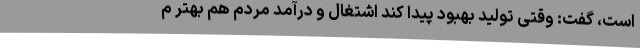
است، گفت: وقتی تولید بهبود پیدا کند اشتغال و درآمد مردم هم بهتر م